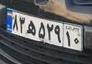
۸۳ه۵۲۹۱۰